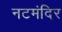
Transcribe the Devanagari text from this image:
नटमंदिर